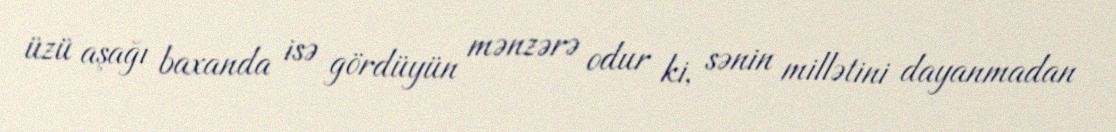
üzü aşağı baxanda isə gördüyün mənzərə odur ki, sənin millətini dayanmadan